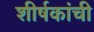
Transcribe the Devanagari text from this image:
शीर्षकांची